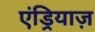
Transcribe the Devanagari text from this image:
एंड्रियाज़